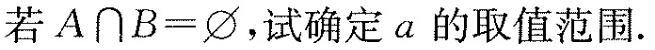
若$$A \cap B = \varnothing$$,试确定a的取值范围.